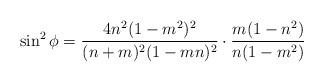
LaTeX: \begin{align*}\sin^2 \phi &= \frac{4n^2(1-m^2)^2}{(n+m)^2(1-mn)^2} \cdot \frac{m(1-n^2)}{n(1-m^2)}\end{align*}